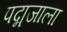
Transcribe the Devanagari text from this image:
पद्मजाला